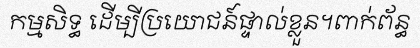
កម្មសិទ្ធ ដើម្បីប្រយោជន៍ផ្ទាល់ខ្លួន។ពាក់ព័ន្ធ